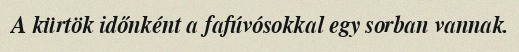
A kürtök időnként a fafúvósokkal egy sorban vannak.